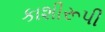
કાશીરૂપી